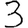
Digit: 3